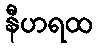
နီဟရထ